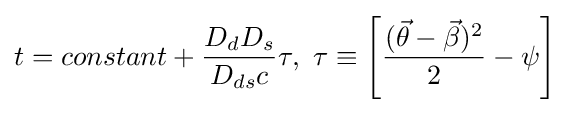
t=constant+{D_{d}D_{s} \over D_{ds}c}\tau ,~\tau \equiv \left[{({\vec {\theta }}-{\vec {\beta }})^{2} \over 2}-\psi \right]